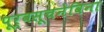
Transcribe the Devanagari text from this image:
पूर्वसूचनेविना